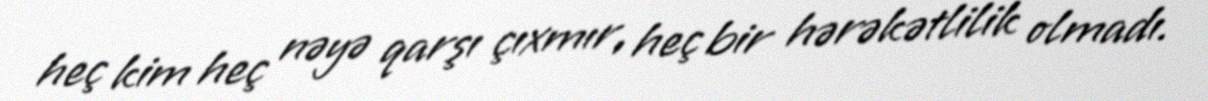
heç kim heç nəyə qarşı çıxmır, heç bir hərəkətlilik olmadı.